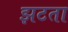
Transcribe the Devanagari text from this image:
झटता